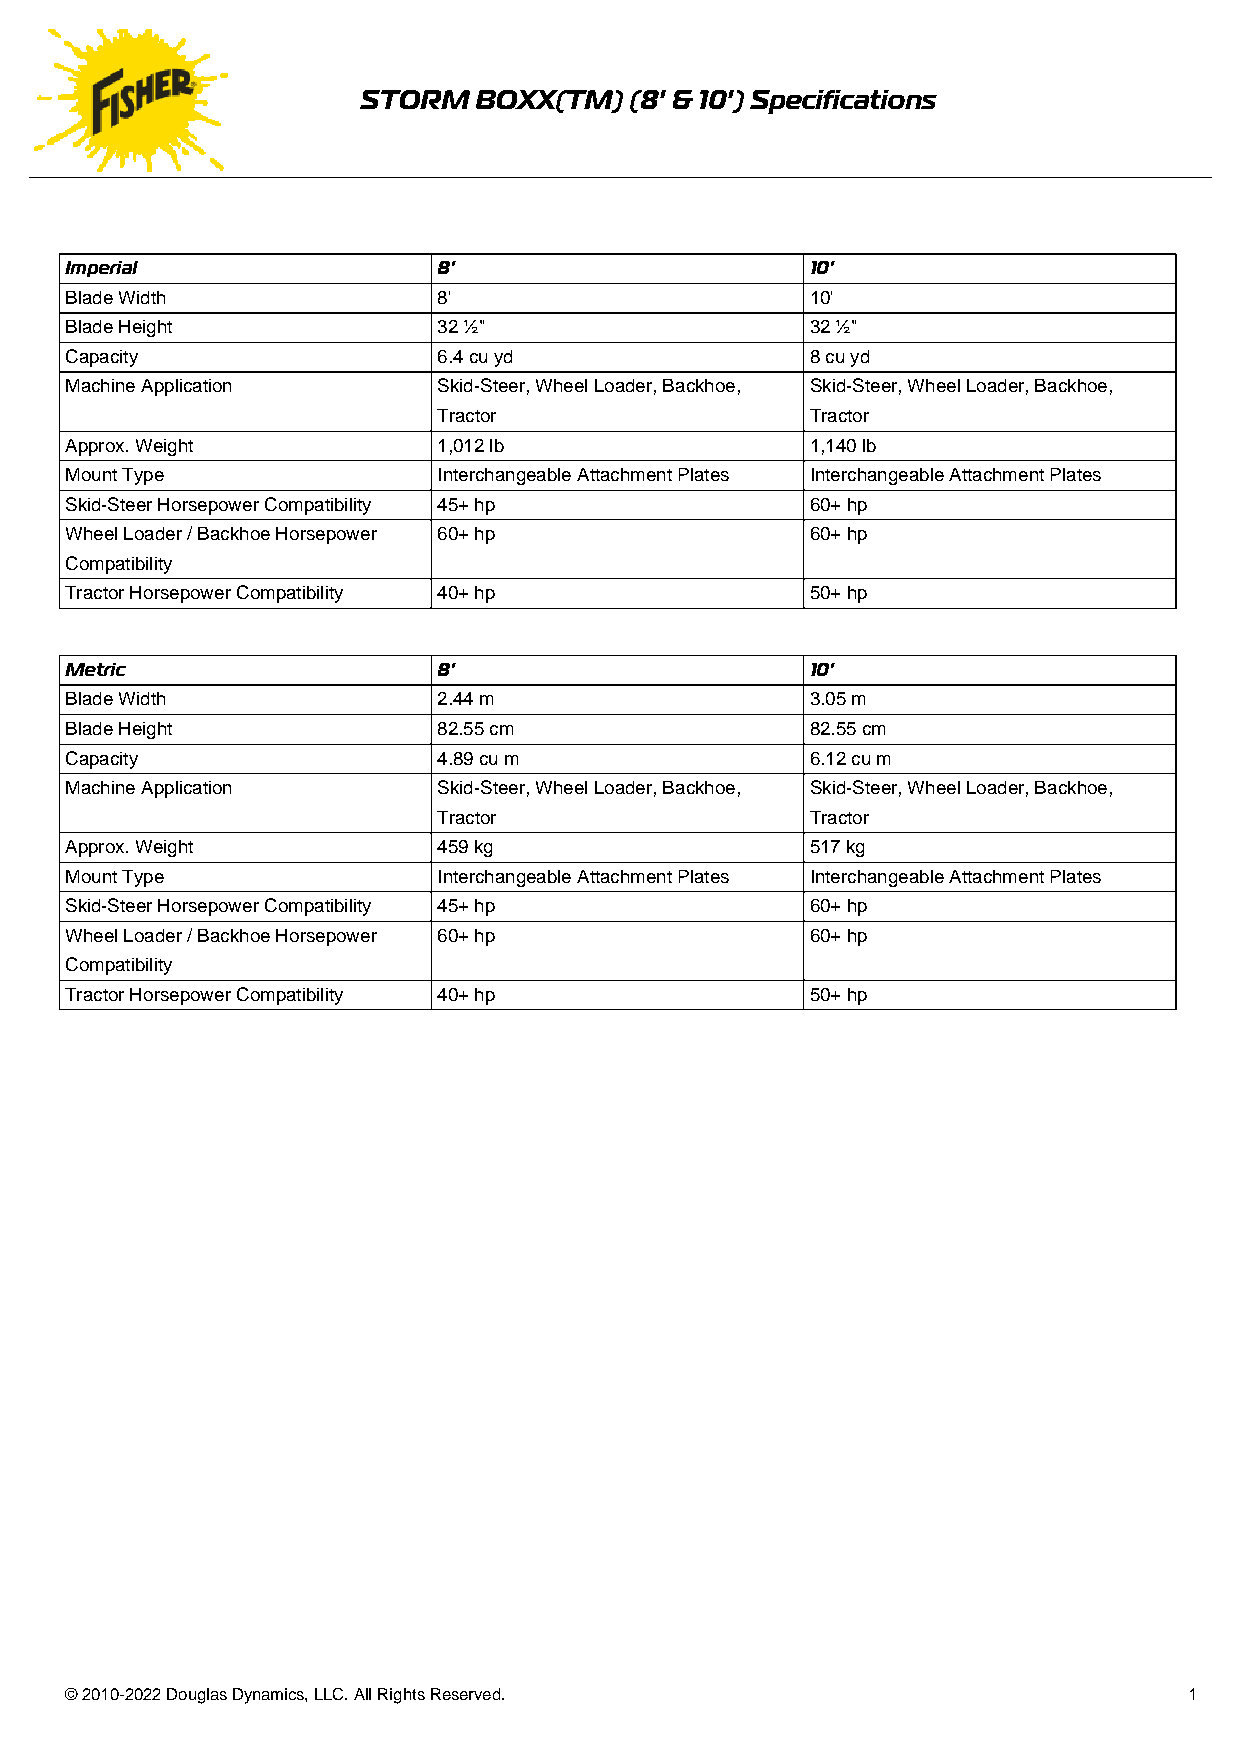
STORM  BOXX(TM)   (8' & 10') Specifications
 Imperial                 8'                       10'
 Blade Width              8'                       10'
 Blade Height             32 ½"                    32 ½"
 Capacity                 6.4 cu yd                8 cu yd
 Machine Application      Skid-Steer, Wheel Loader, Backhoe, Skid-Steer, Wheel Loader, Backhoe,
 Tractor                  Tractor
 Approx. Weight           1,012 lb                 1,140 lb
 Mount Type               Interchangeable Attachment Plates Interchangeable Attachment Plates
 Skid-Steer Horsepower Compatibility 45+ hp        60+ hp
 Wheel Loader / Backhoe Horsepower 60+ hp          60+ hp
 Compatibility
 Tractor Horsepower Compatibility 40+ hp           50+ hp
 Metric                   8'                       10'
 Blade Width              2.44 m                   3.05 m
 Blade Height             82.55 cm                 82.55 cm
 Capacity                 4.89 cu m                6.12 cu m
 Machine Application      Skid-Steer, Wheel Loader, Backhoe, Skid-Steer, Wheel Loader, Backhoe,
 Tractor                  Tractor
 Approx. Weight           459 kg                   517 kg
 Mount Type               Interchangeable Attachment Plates Interchangeable Attachment Plates
 Skid-Steer Horsepower Compatibility 45+ hp        60+ hp
 Wheel Loader / Backhoe Horsepower 60+ hp          60+ hp
 Compatibility
 Tractor Horsepower Compatibility 40+ hp           50+ hp
 © 2010-2022 Douglas Dynamics, LLC. All Rights Reserved.                    1